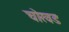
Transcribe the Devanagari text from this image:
चोरवड